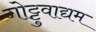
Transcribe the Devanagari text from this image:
गोट्टुवाद्यम